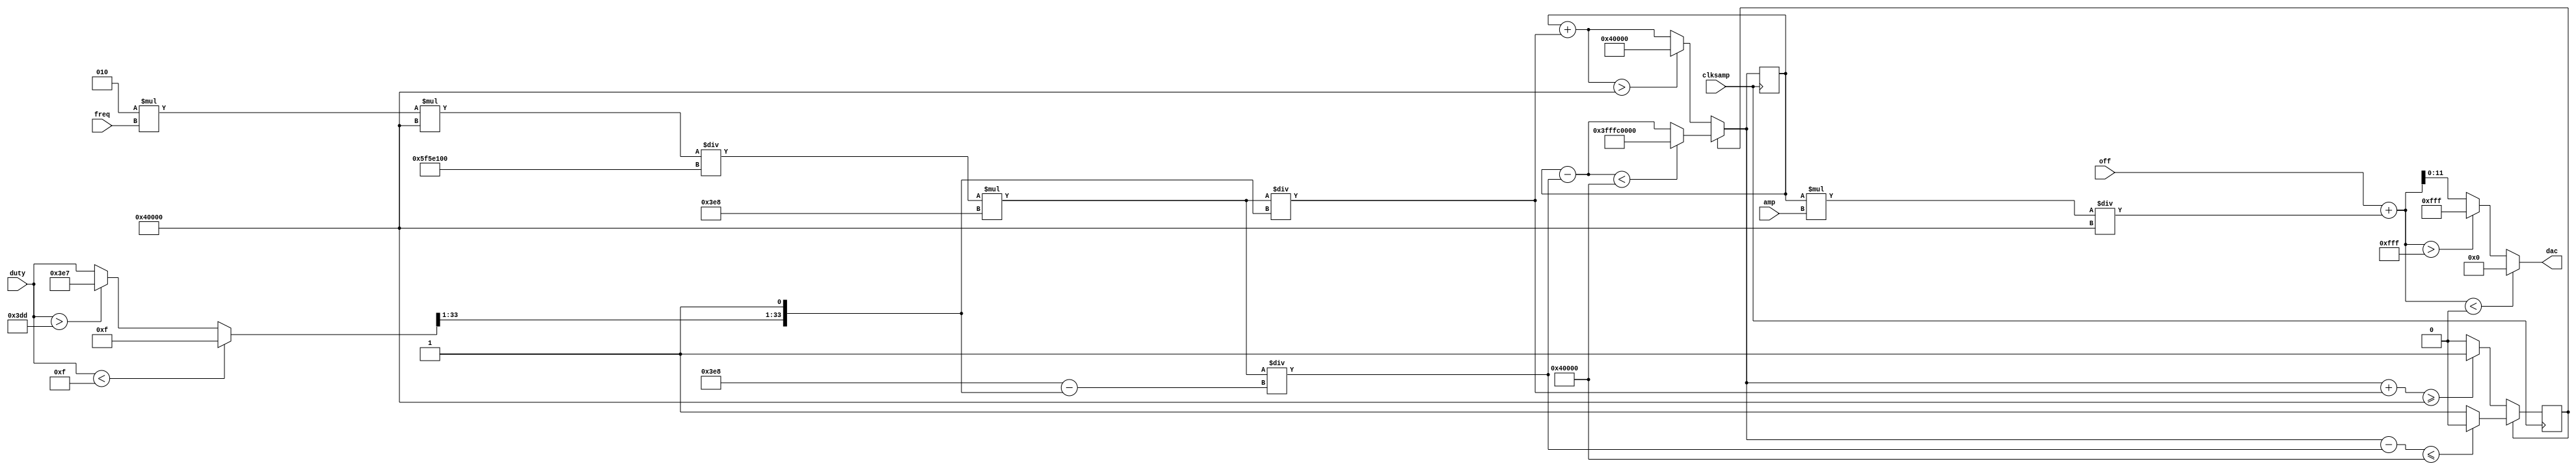
module triangle(input clksamp, input signed[33:0] freq, input signed[33:0] amp, input signed[33:0] off, input signed[33:0] duty, output[11:0] dac);
parameter SAMP_FREQ = 100_000_000;

reg signed[33:0] level = 0;
reg state = 1'b0;
wire signed[33:0] clipped_duty = duty < 15 ? 15 : duty > 989 ? 999 : duty;
wire signed[33:0] delta = (2 * freq * 262144) / SAMP_FREQ;
wire signed[33:0] delta_div = delta * 1000;
wire signed[33:0] delta_up = delta_div / {clipped_duty[33:1],1'b1};
wire signed[33:0] delta_down = delta_div / (1000 - {clipped_duty[33:1],1'b1});

always @(posedge clksamp) begin
    level = state ? ((level - delta_down) < -262144 ? -262144 : level - delta_down) : ((level + delta_up) > 262144 ? 262144 : level + delta_up);
    state = state ? level - delta_down <= -262144 ? 0 : state : level + delta_up >= 262144 ? 1 : state;
end

wire signed[33:0] preclip = off + (level*amp)/262144;

assign dac = preclip < 0 ? 0 : preclip > 4095 ? 4095 : preclip;

endmodule